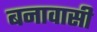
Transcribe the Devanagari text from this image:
बनावासी